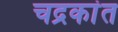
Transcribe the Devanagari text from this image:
चद्रकांत